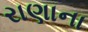
રાણાના